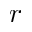
r